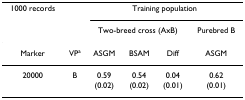
<table><thead><tr><td><b>1000 records</b></td><td></td><td colspan="4"><b>Training population</b></td></tr><tr><td></td><td></td><td colspan="3"><b>Two-breed cross (AxB)</b></td><td><b>Purebred B</b></td></tr></thead><tbody><tr><td>Marker</td><td>VP<sup>a</sup></td><td>ASGM</td><td>BSAM</td><td>Diff</td><td>ASGM</td></tr><tr><td>20000</td><td>B</td><td>0.59</td><td>0.54</td><td>0.04</td><td>0.62</td></tr><tr><td></td><td></td><td>(0.02)</td><td>(0.02)</td><td>(0.01)</td><td>(0.01)</td></tr></tbody></table>